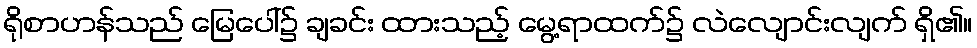
ရိုစာဟန်သည် မြေပေါ်၌ ချခင်း ထားသည့် မွေ့ရာထက်၌ လဲလျောင်းလျက် ရှိ၏။